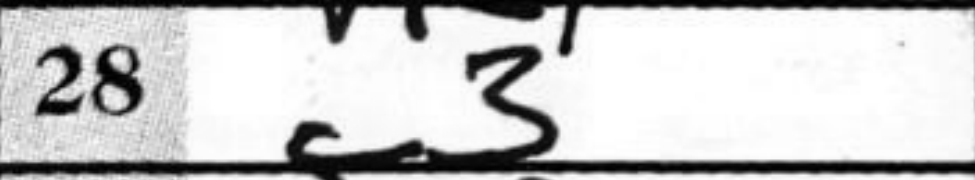
Transcription: f3